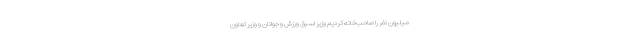
میلیون نفر را صاحب‌خانه کردیم وزیر اسبق ورزش و جوانان و وزیر تعاون